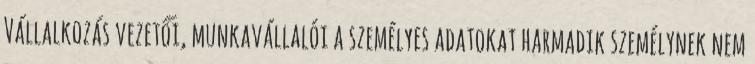
Vállalkozás vezetői, munkavállalói a személyes adatokat harmadik személynek nem